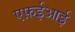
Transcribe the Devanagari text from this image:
एफ़ईआई